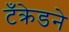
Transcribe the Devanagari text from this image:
टँक्रेडने